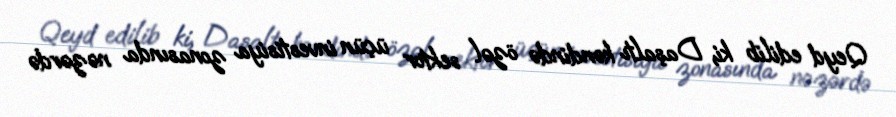
Qeyd edilib ki, Daşaltı kəndində özəl sektor üçün investisiya zonasında nəzərdə